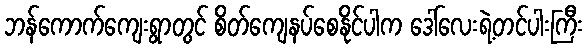
ဘန်ကောက်ကျေးရွာတွင် စိတ်ကျေနပ်စေနိုင်ပါက ဒေါ်လေးရဲ့တင်ပါးကြီး